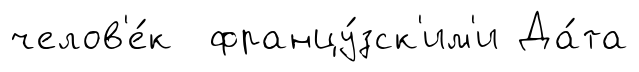
челов'е́к францу́зск'им'и Да́та